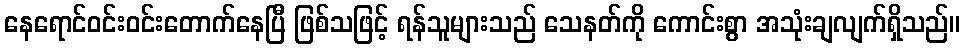
နေရောင်ဝင်းဝင်းတောက်နေပြီ ဖြစ်သဖြင့် ရန်သူများသည် သေနတ်ကို ကောင်းစွာ အသုံးချလျက်ရှိသည်။